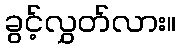
ခွင့်လွှတ်လား။